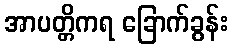
အာပတ္တိကရ ခြောက်ခွန်း